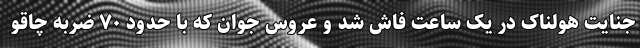
جنایت هولناک در یک ساعت فاش شد و عروس جوان که با حدود ۷۰ ضربه چاقو